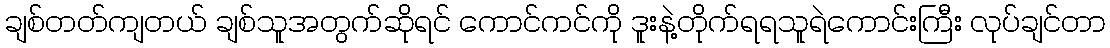
ချစ်တတ်ကျတယ် ချစ်သူအတွက်ဆိုရင် ကောင်ကင်ကို ဒူးနဲ့တိုက်ရရသူရဲကောင်းကြီး လုပ်ချင်တာ